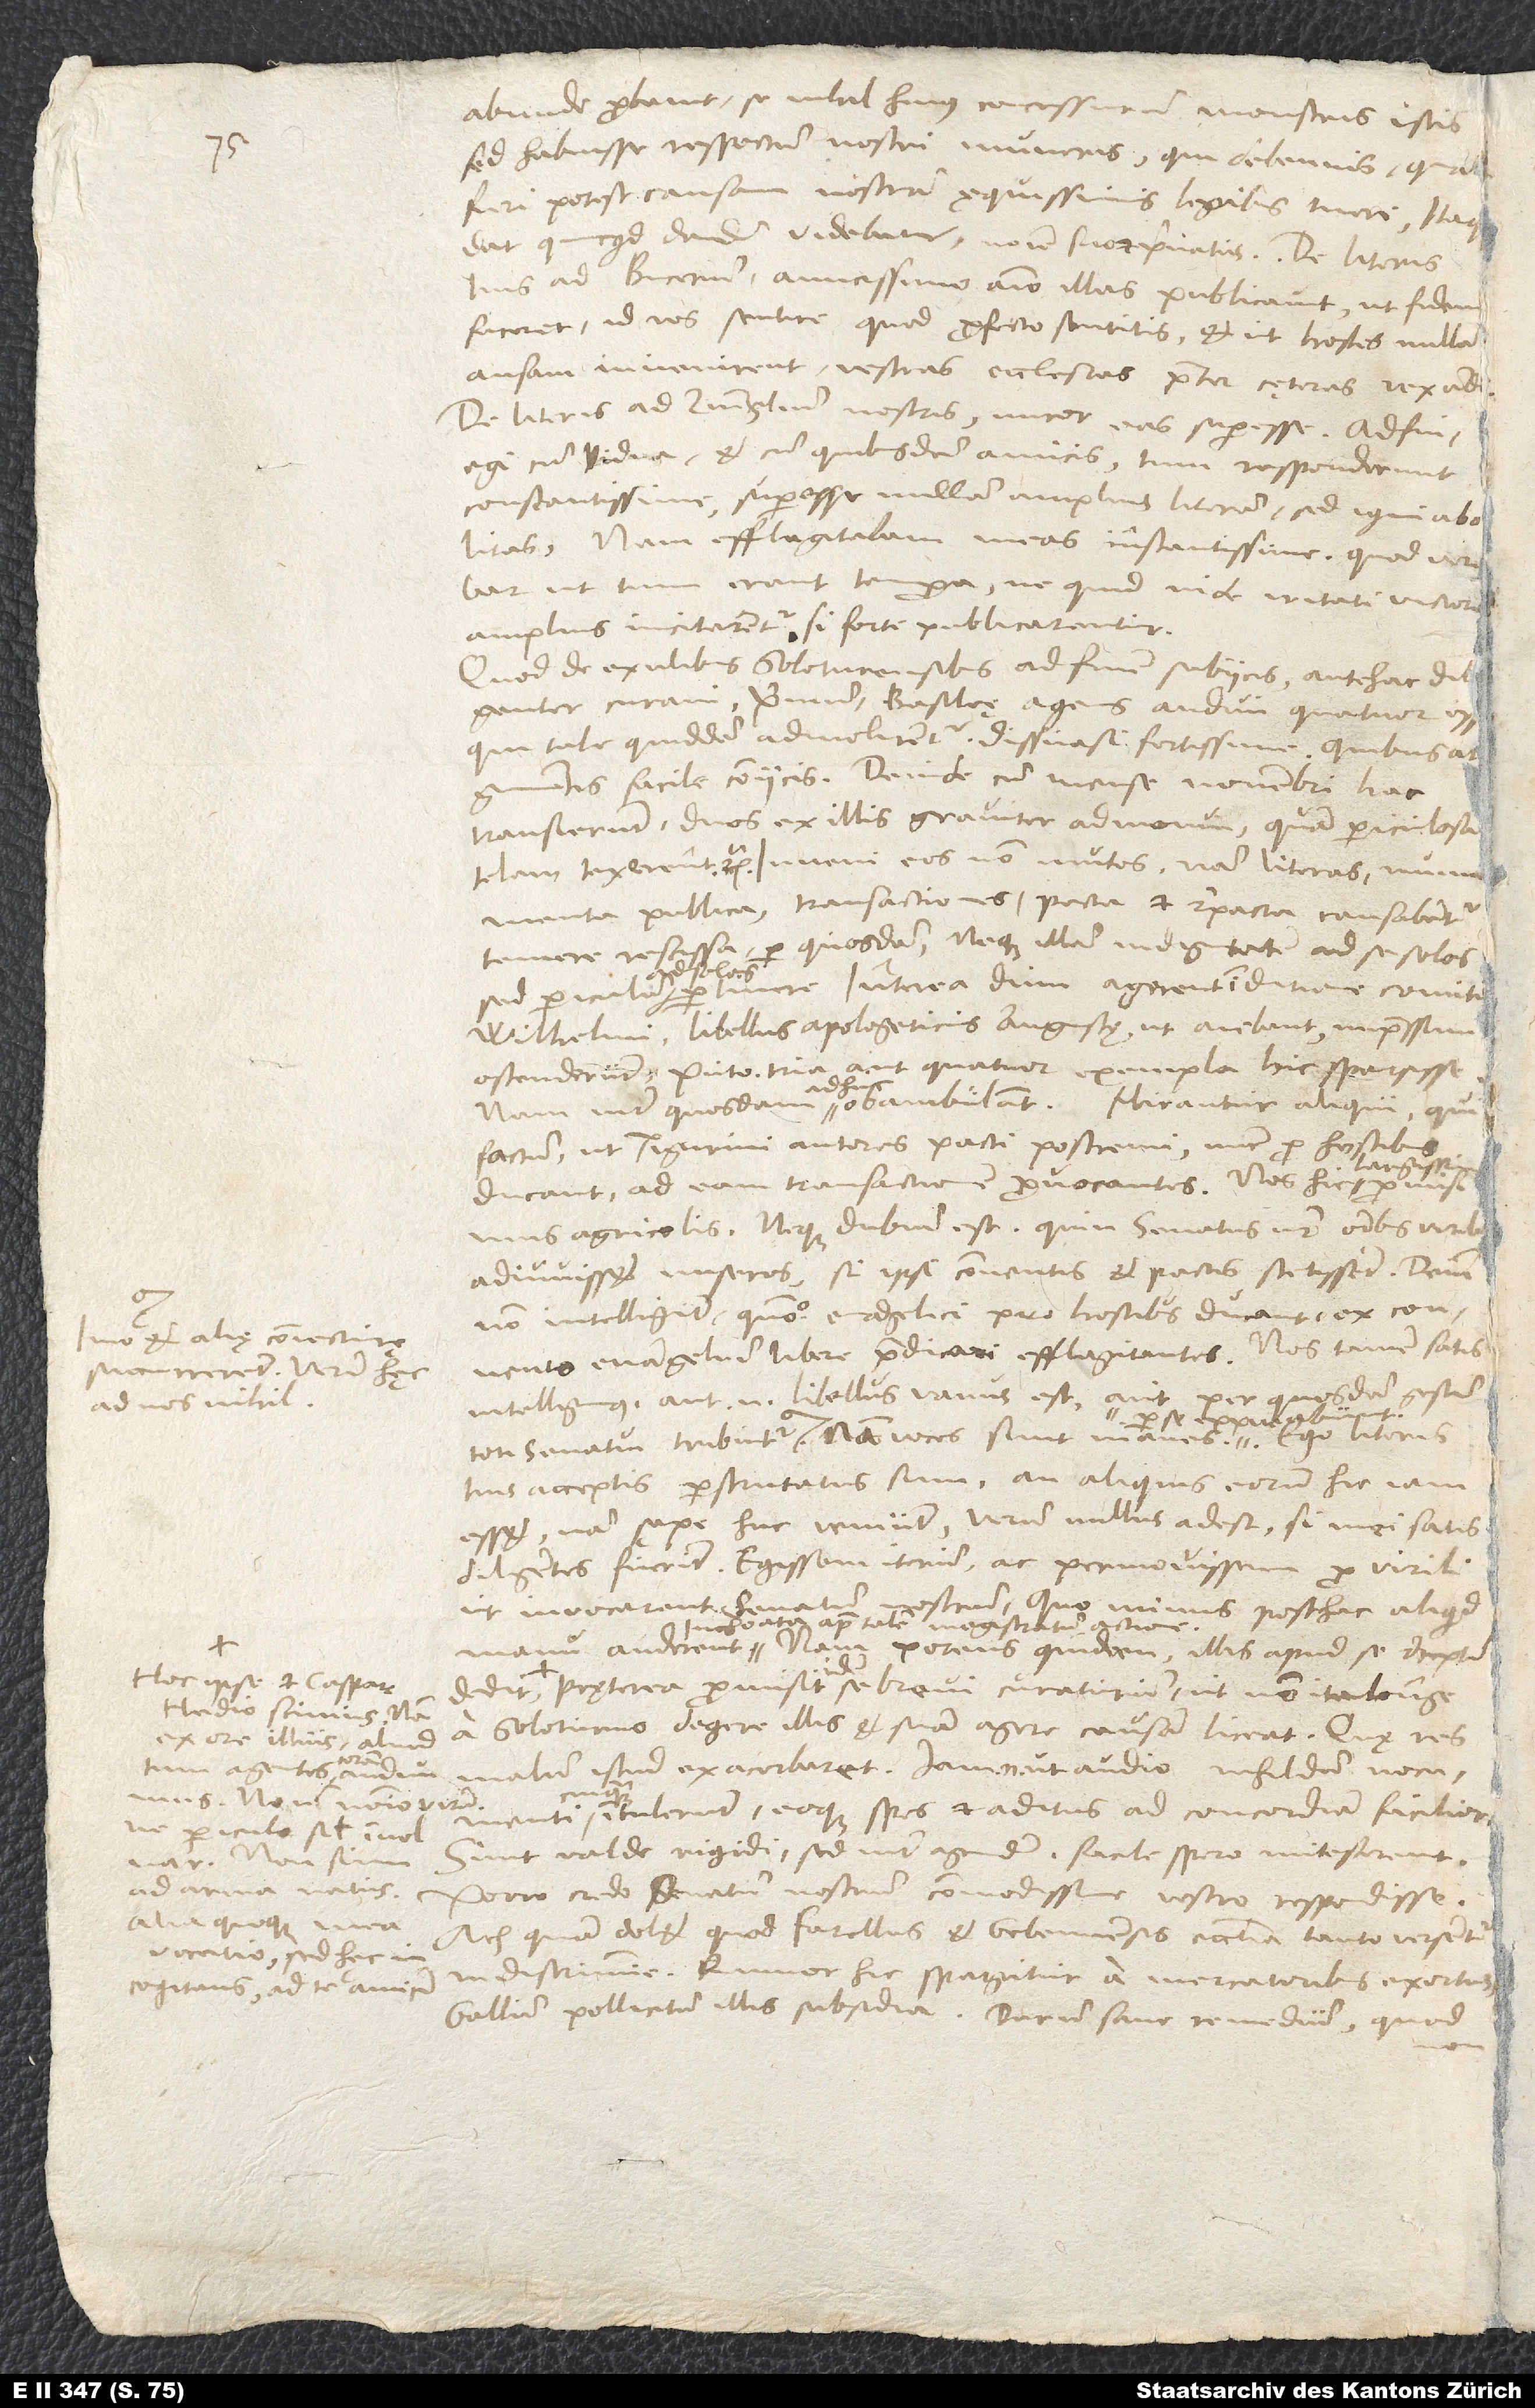
abunde probavit se nihil huius concessurum monstris istis,
sed habuisse respectum nostri muneris, qui debemus, qua
fieri potest, causam nostram ęquissimis legibus tueri. Itaque
dat, quicquid dandum videbatur, nomine suo et privatus. De literis
tuis ad Bucerum: Amicissimo animo illas publicavit, ut fidem
faceret id vos sentire, quod profecto sentitis, et ut hostes nullam
ansam invenirent vestras ecclesias praeter cęteras vexandi.
De literis ad Zvinglium nostris miror eas superesse. Adfui,
egi cum vidua et cum quibusdam amicis. Tum responderunt
constantissime superesse nullam amplius literam, sed igni abolitas.
Nam efflagitabam meas instantissime, quod ver
amplius incitarentur, si forte publicarentur.
Quod de exulibus Soloturensibus ad finem subiicis, antehac dil
S.
adiuvisset miseros, si ipsi conventis et pactis stetissent. Deinde
non intelligunt, quomodo evangelici pro hostibus ducant ex convento
alię coniecturę
evangelium libere praedicari efflagitantes. Nos tamen satis
succurrerent. Verum hęc
intelligimus. Aut enim libellus vanus est, aut per quosdam gestum
ad nos nihil.
tuis acceptis perscrutatus sum, an aliquis eorum hic iam
esset; nam sępe huc veniunt. Verum nullus adest, si mei satis
diligentes fuerint. Egissem iterum ac permovissem pro virili,
ut invocarent senatum nostrum, quo minus posthac aliquid
inchoata apud talem magistratum actione.
Nam potens quidam illis apud se receptum
Hoc ipse et Caspar
Pręterea promisit idem se brevi curaturum, ut non ita longe
Hedio scimus; nam
a Soloturno degere illis et suam agere causam liceat. Quae res
ex ore illius aliud
malum istud exacerbaret. Iam enim, ut audio, nihildum nocimenti
cuiquam intulerunt, eoque spes et aditus ad concordiam facilior.
ne periculo simul involvar.
Sunt valde rigidi, sed inter agendum facile, spero, mitescerent.
Porro credo senatum nostrum commodissime vestro respondisse.
Ach, quam dolet, quod Farellus et Gebennensis ecclesia tanto versentur
vocatio, sed hęc
Gallum pollicitum illis subsidia. Durum sane remedium, quod